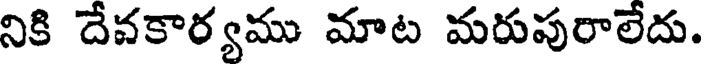
నికి దేవకార్యము మాట మరుపురాలేదు.